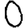
Digit: 0